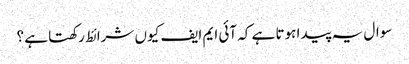
سوال یہ پیدا ہوتا ہے کہ آئی ایم ایف کیوں شرائط رکھتا ہے ؟